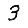
Digit: 3